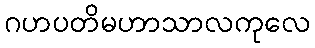
ဂဟပတိမဟာသာလကုလေ